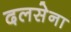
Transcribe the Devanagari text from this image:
दलसेना